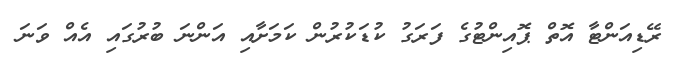
ރޭޑިއަންޓާ އޮތް ޕޮއިންޓުގެ ފަރަގު ކުޑަކުރުން ކަމަށާއި އަންނަ ބުރުގައި އެއް ވަނަ